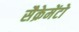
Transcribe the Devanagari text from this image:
सैक्रेमेंटो